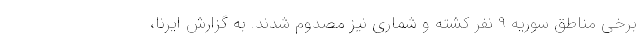
برخی مناطق سوریه ۹ نفر کشته و شماری نیز مصدوم شدند. به گزارش ایرنا،